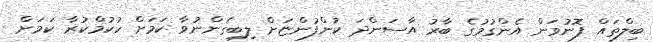
ބިލްތައް ފޮނުވަން އެންގުމުގެ ބާރު އާސަންދަ ކުންފުންޏަށް ލިބިގެންނުވާ ކަމަށް ހުކުމްކުރާ ކަމަށް